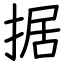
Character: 据